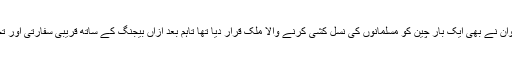
ترک صدر رجب طیب اردوآن نے بھی ایک بار چین کو مسلمانوں کی نسل کشی کرنے والا ملک قرار دیا تھا تاہم بعد ازاں بیجنگ کے ساتھ قریبی سفارتی اور تجارتی تعلقات قائم کر لیے ۔